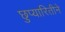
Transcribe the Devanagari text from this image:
छुप्यारितीने